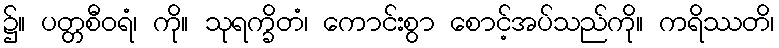
၌။ ပတ္တစီဝရံ၊ ကို။ သုရက္ခိတံ၊ ကောင်းစွာ စောင့်အပ်သည်ကို။ ကရိဿတိ၊